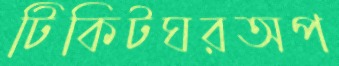
টিকিটঘরঅপ